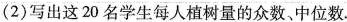
(2)写出这20名学生每人植树量的众数、中位数.